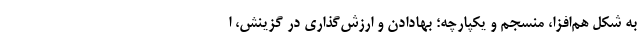
به شکل هم­افزا، منسجم و یکپارچه؛ بهادادن و ارزش­گذاری در گزینش، ا